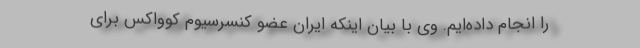
را انجام داده‌ایم. وی با بیان اینکه ایران عضو کنسرسیوم کوواکس برای